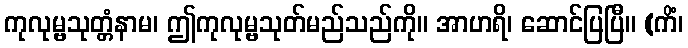
ကုလုမ္ဗသုတ္တံနာမ၊ ဤကုလုမ္ဗသုတ်မည်သည်ကို။ အာဟရိ၊ ဆောင်ပြပြီ။ (ကိံ၊